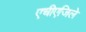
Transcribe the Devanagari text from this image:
एचीएजिले